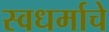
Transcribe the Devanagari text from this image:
स्वधर्माचे